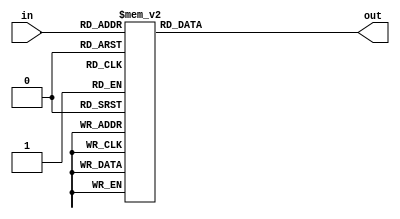
module top_module( 
    input [2:0] in,
    output [1:0] out );
    always @(*) begin
        case(in[2:0])
            3'b000: out = 0;
            3'b001: out = 1;
            3'b010: out = 1;
            3'b100: out = 1;
            3'b011: out = 2;
            3'b101: out = 2;
            3'b110: out = 2;
            3'b111: out = 3;
        endcase
    end
endmodule